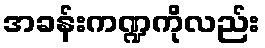
အခန်းကဏ္ဍကိုလည်း